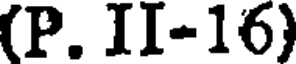
(P. II-16)